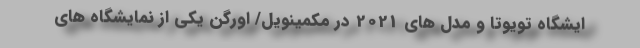
ایشگاه تویوتا و مدل های 2021 در مکمینویل/ اورگن یکی از نمایشگاه های